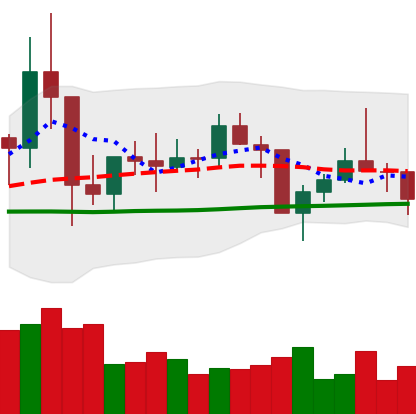
Ticker: TRX-USD
Chart end date: 2021-01-27
Forward return: 16.247%
Label: up_7plus